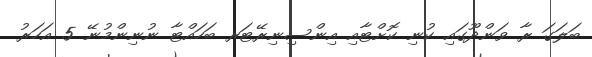
ބަލަގަ ރާ ވަންދޫގައި ކުނި ކޮށްޓާއި އިންސިނިރޭޓަރ ބަހައްޓާ ނުނިންމުނޭ 5 އަހަރު